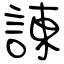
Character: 諌